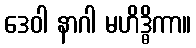
ဒေဝါ နာဂါ မဟိဒ္ဓိကာ။